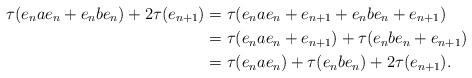
LaTeX: \begin{align*}\tau(e_n a e_n + e_n b e_n)+2\tau(e_{n+1}) &=\tau(e_n a e_n + e_{n+1} + e_nbe_n + e_{n+1})\\&=\tau(e_nae_n+e_{n+1})+\tau(e_nbe_n+e_{n+1})\\&=\tau(e_n a e_n)+\tau(e_n b e_n)+2\tau(e_{n+1}).\end{align*}